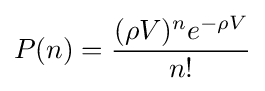
P(n)={\frac {(\rho V)^{n}e^{-\rho V}}{n!}}